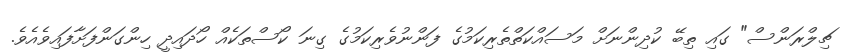
ޗިލްރަންސް" ގައި ތިބޭ ކުދިންނަށް މަސައްކަތްތެރިކަމުގެ ފަންނުވެރިކަމުގެ ގިނަ ކޯސްތަކެއް ހޯދައިދީ ހިންގަންފަށާފައިވެއެވެ.